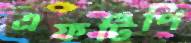
এফটিপি